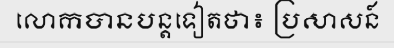
លោកបានបន្តទៀតថា៖ ប្រសាសន៍